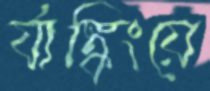
র‍্যাঙ্কিংয়ে